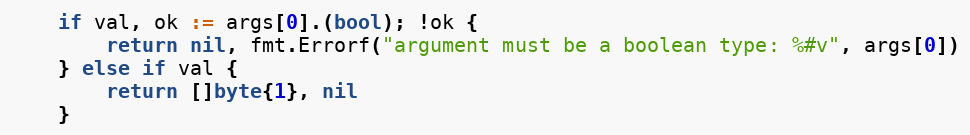
Language: Go
	if val, ok := args[0].(bool); !ok {
		return nil, fmt.Errorf("argument must be a boolean type: %#v", args[0])
	} else if val {
		return []byte{1}, nil
	}